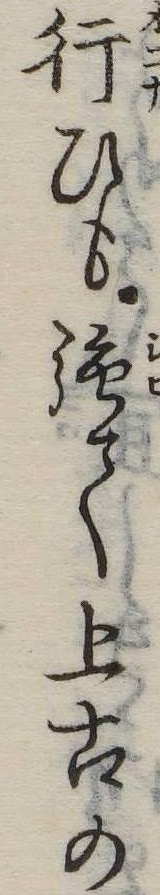
行ひも強て上古の